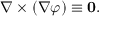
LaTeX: \nabla \times ( \nabla \varphi ) \equiv \mathbf { 0 } .